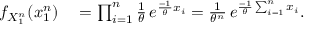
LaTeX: \begin{array} { r l } { f _ { X _ { 1 } ^ { n } } ( x _ { 1 } ^ { n } ) } & { { } = \prod _ { i = 1 } ^ { n } { \frac { 1 } { \theta } } \, e ^ { { \frac { - 1 } { \theta } } x _ { i } } = { \frac { 1 } { \theta ^ { n } } } \, e ^ { { \frac { - 1 } { \theta } } \sum _ { i = 1 } ^ { n } x _ { i } } . } \end{array}